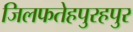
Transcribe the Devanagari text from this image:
जिलफतेहपुरहपुर